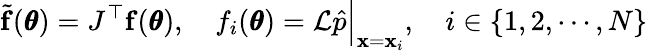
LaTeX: \widetilde{\mathbf f}(\pmb\theta)=J^{\top}\mathbf f(\pmb\theta),\quad f_{i}(\pmb\theta)=\mathcal L\hat{p}\Big|_{\mathbf x=\mathbf x_{i}},\quad i\in\{ 1,2,\cdots,N\}